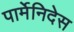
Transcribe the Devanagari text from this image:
पार्मेनिदेस